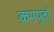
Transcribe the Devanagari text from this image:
क्रमपूर्वा